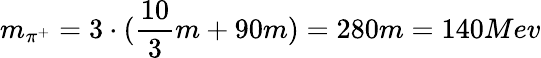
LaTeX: m_{\pi^{+}}=3\cdot(\frac{10}{3}m+90m)=280m=140Mev